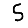
Digit: 5